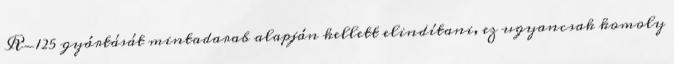
R-125 gyártását mintadarab alapján kellett elindítani, ez ugyancsak komoly